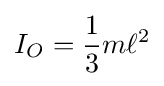
I_{O}={\frac {1}{3}}m\ell ^{2}